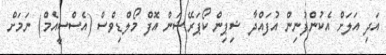
އަދި އަލަށް އެކުންފުނިން އުފައްދާ ޝިޕިން ކޯޕަރޭޝަން އޮފް މޯލްޑިވްސް (އެސްސީއެމް) ނަމަށް